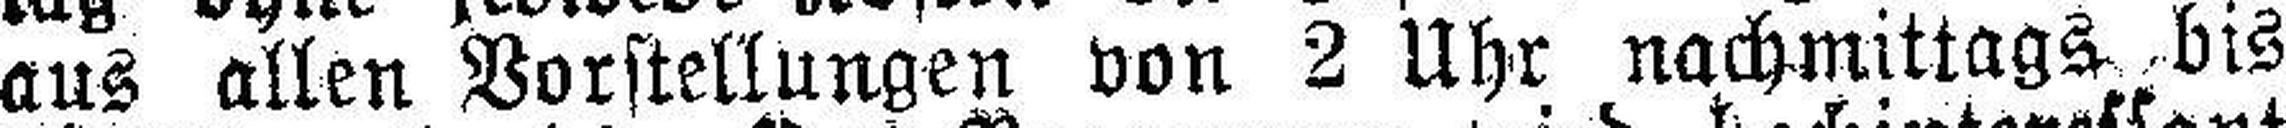
aus allen Vorstellungen von 2 Uhr nachmittags bis